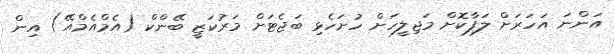
އަންނަ އަހަރަށް ލަފާކޮށް މަޖިލީހަށް ހުށަހެޅި ބަޖެޓަށް މަރުކަޒީ ބޭންކް (އެމްއެމްއޭ) އިން